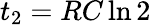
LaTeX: t_{2}=RC\ln{2}